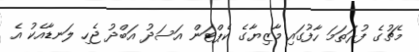
މެޗުގެ ފުރަތަމަ ހާފުގައި މާޒިޔާގެ ކެޕްޓަަން އަސަދު އަބްދު ޖެހި ލަނޑާއެކު އެ